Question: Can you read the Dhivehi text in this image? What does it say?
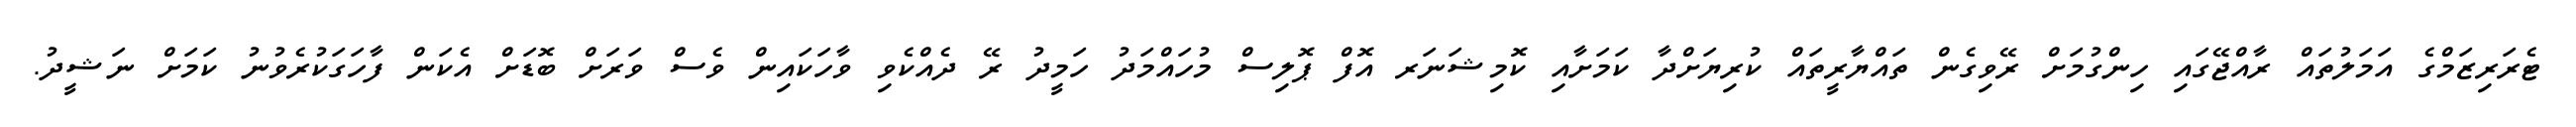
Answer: ޓެރަރިޒަމްގެ އަމަލުތައް ރާއްޖޭގައި ހިންގުމަށް ރޭވިގެން ތައްޔާރީތައް ކުރިޔަށްދާ ކަމަށާއި ކޮމިޝަނަރ އޮފް ޕޮލިސް މުހައްމަދު ހަމީދު ރޭ ދެއްކެވި ވާހަކައިން ވެސް ވަރަށް ބޮޑަށް އެކަން ފާހަގަކުރެވުނު ކަމަށް ނަޝީދު.